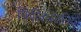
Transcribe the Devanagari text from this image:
फिलिस्तिनियों